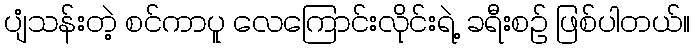
ပျံသန်းတဲ့ စင်ကာပူ လေကြောင်းလိုင်းရဲ့ ခရီးစဉ် ဖြစ်ပါတယ်။